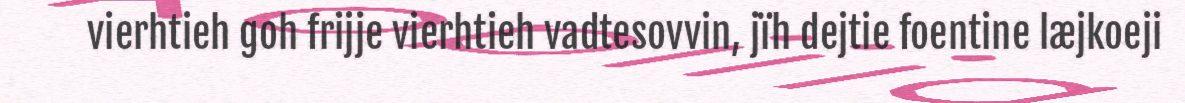
vierhtieh goh frijje vierhtieh vadtesovvin, jïh dejtie foentine læjkoeji